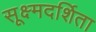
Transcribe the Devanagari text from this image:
सूक्ष्मदर्शिता